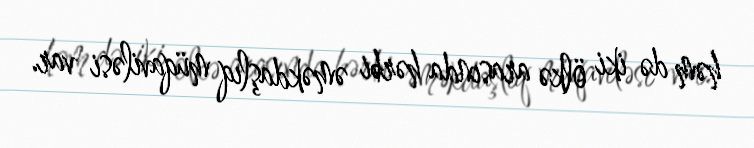
həm də iki ölkə arasında hərbi əməkdaşlıq müqaviləsi var.